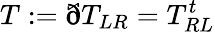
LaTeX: T:=ðT_{LR}=T_{RL}^{t}